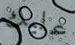
عليك